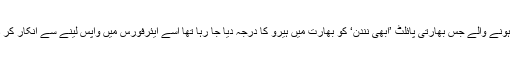
ایک خبر یہ ہے کہ پاکستان سے رہا ہونے والے جس بھارتی پائلٹ ’ابھی نندن‘ کو بھارت میں ہیرو کا درجہ دیا جا رہا تھا اسے ایئرفورس میں واپس لینے سے انکار کر دیا گیا اور چھٹی پر بھیج دیا گیا ہے۔